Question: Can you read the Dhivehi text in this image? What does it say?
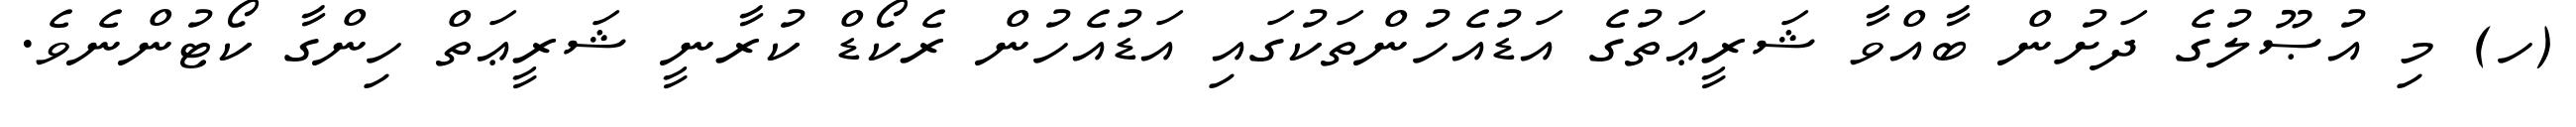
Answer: (ހ) މި އުޞޫލުގެ ދަށުން ބާއްވާ ޝަރީޢަތުގެ އަޑުއެހުންތަކުގައި އަޑުއެހުން ރެކޯޑް ކުރާނީ ޝަރީޢަތް ހިންގާ ކޯޓުންނެވެ.